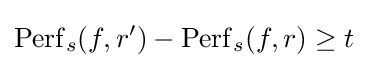
\operatorname {Perf} _{s}(f,r')-\operatorname {Perf} _{s}(f,r)\geq t